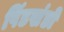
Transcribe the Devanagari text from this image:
पिंडखंडों